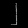
Digit: ၂